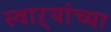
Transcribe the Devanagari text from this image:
स्वाऱ्यांच्या